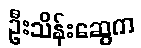
ဦးသိန်းဆွေက